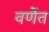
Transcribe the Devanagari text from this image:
वर्णैत